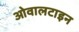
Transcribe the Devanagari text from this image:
ओवालटाइन